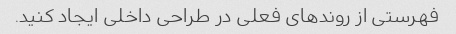
فهرستی از روندهای فعلی در طراحی داخلی ایجاد کنید.